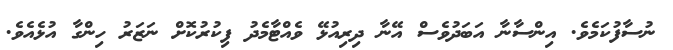
ނުސާފުކަމެވެ. އިންސާނާ އަބަދުވެސް އޭނާ ދިރިއުޅޭ ވެއްޓާމެދު ފިކުރުކޮށް ނަޒަރު ހިންގާ އުޅެއެވެ.